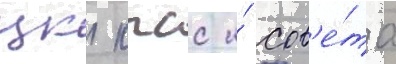
цк кпсс и́ сов'е́та